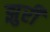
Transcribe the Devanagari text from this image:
झुरी